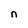
Character: n